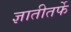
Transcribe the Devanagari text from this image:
ज्ञातीतर्फे